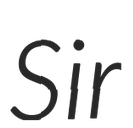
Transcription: Sir